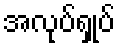
အလုပ်ရှုပ်